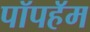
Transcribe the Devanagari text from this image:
पॉपहॅम